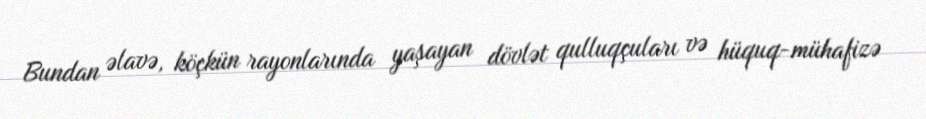
Bundan əlavə, köçkün rayonlarında yaşayan dövlət qulluqçuları və hüquq-mühafizə